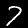
Label: 7